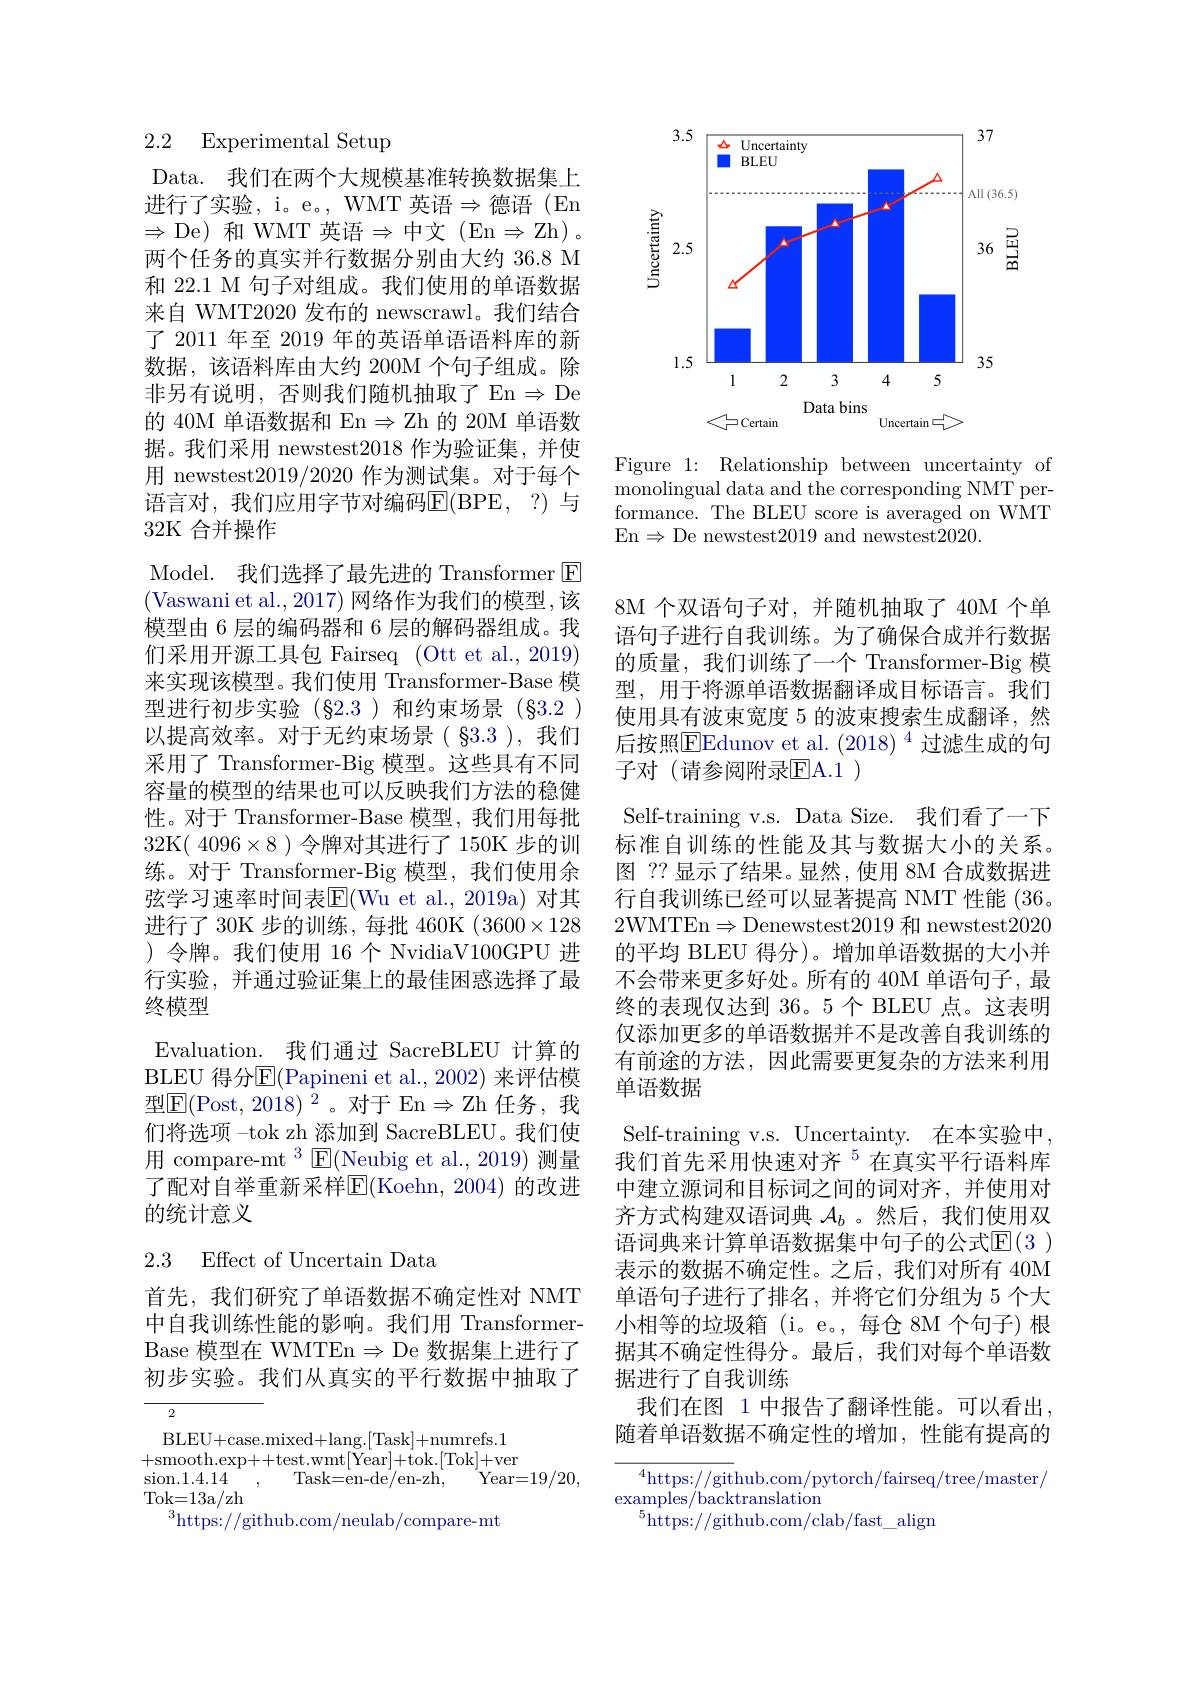
## 2.2 Experimental Setup

Data. 我们在两个大规模基准转换数据集上进行了实验，i。e。, WMT 英语$\Rightarrow$德语(En $\Rightarrow$De)和 WMT 英语$\Rightarrow$中文(En$\Rightarrow$Zh)。两个任务的真实并行数据分别由大约 36.8 M 和 22.1 M 句子对组成。我们使用的单语数据来自 WMT2020 发布的 newscrawl。我们结合了 2011 年至 2019 年的英语单语语料库的新数据，该语料库由大约 200M 个句子组成。除非另有说明，否则我们随机抽取了En$\Rightarrow$De 的 40M 单语数据和 En $\Rightarrow$Zh 的 20M 单语数据。我们采用 newstest2018 作为验证集，并使用 newstest2019/2020 作为测试集。对于每个语言对，我们应用字节对编码$\operatorname{E}(\operatorname{BPE},~?)$ 与32K 合并操作

Model. 我们选择了最先进的 Transformer $\boxed{\mathrm{E}}$ (Vaswani et al., 2017) 网络作为我们的模型，该模型由 6 层的编码器和 6 层的解码器组成。我们采用开源工具包 Fairseq (Ott et al., 2019) 来实现该模型。我们使用 Transformer-Base 模型进行初步实验(§2.3)和约束场景(§3.2) 以提高效率。对于无约束场景( §3.3 ), 我们采用了 Transformer-Big 模型。这些具有不同容量的模型的结果也可以反映我们方法的稳健性。对于 Transformer-Base 模型，我们用每批32K( 4096×8 )令牌对其进行了 150K 步的训练。对于 Transformer-Big 模型，我们使用余弦学习速率时间表$\mathbb{E}($Wu et al.,2019a)对其进行了 30K 步的训练，每批 460K (3600×128 )令牌。我们使用 16个 NvidiaV100GPU 进行实验，并通过验证集上的最佳困惑选择了最终模型
Evaluation. 我们通过 SacreBLEU 计算的BLEU 得分$\overline{\mathrm{E}}($Papineni et al.,2002) 来评估模型E(Post,2018)$^2$。对于 En$\Rightarrow$Zh 任务，我们将选项 -tok zh 添加到 SacreBLEU。我们使用 compare-mt $^3$E$(\underline{\mathrm{Neubig~et~al.,2019}})$测量了配对自举重新采样E(Koehn,2004)的改进的统计意义
2.3 Effect of Uncertain Data

首先，我们研究了单语数据不确定性对 NMT 中自我训练性能的影响。我们用 TransformerBase 模型在 WMTEn$\Rightarrow$De 数据集上进行了初步实验。我们从真实的平行数据中抽取了

2

BLEU+case.mixed+lang.[Task]+numrefs.1 +smooth.exp++test.wmt[Year]+tok.[Tok]+ver sion.1.4.14
Task= en- de/ en- zh,
Year= 19/ 20,
Tok= 13a/ zh
$^{3}$https://github.com/neulab/compare-mt

<FigureHere>

Figure 1: Relationship between uncertainty of ${\mathrm{monolingual~data~and~the~corresponding~NMT~per-}}$ formance. The BLEU score is averaged on WMT En$\Rightarrow$De newstest2019 and newstest2020.

8M 个双语句子对，并随机抽取了40M 个单语句子进行自我训练。为了确保合成并行数据的质量，我们训练了一个 Transformer-Big 模型，用于将源单语数据翻译成目标语言。我们使用具有波束宽度 5 的波束搜索生成翻译，然后按照$\overline{\mathrm{EEdunov~et~al.~(2018)~}^{4}}$过滤生成的句子对(请参阅附录E$A. 1)$
Self-training v.s. Data Size. 我们看了一下标准自训练的性能及其与数据大小的关系。图 ?? 显示了结果。显然，使用 8M 合成数据进行自我训练已经可以显著提高 NMT 性能 (36。2WMTEn$\Rightarrow$Denewstest2019 和 newstest2020的平均 BLEU 得分)。增加单语数据的大小并不会带来更多好处。所有的 40M 单语句子，最终的表现仅达到 36。5个 BLEU 点。这表明仅添加更多的单语数据并不是改善自我训练的有前途的方法，因此需要更复杂的方法来利用单语数据
Self-training v.s. Uncertainty. 在本实验中， 我们首先采用快速对齐$^{5}$在真实平行语料库中建立源词和目标词之间的词对齐，并使用对齐方式构建双语词典$\mathcal{A}_b$ 。然后，我们使用双语词典来计算单语数据集中句子的公式$\mathbb{E}(3)$ 表示的数据不确定性。之后，我们对所有 40M 单语句子进行了排名，并将它们分组为 5 个大小相等的垃圾箱(i。e。,每仓 8M 个句子) 根据其不确定性得分。最后，我们对每个单语数据进行了自我训练
我们在图 1 中报告了翻译性能。可以看出， 随着单语数据不确定性的增加，性能有提高的${^{4}\mathrm{https://git}}$hub.com/pytorch/fairseq/tree/master/

$\operatorname{examples/backtranslation}$
$^{5}$https://github.com/clab/fast\_align